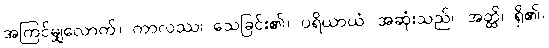
အကြင်မျှလောက်။ ကာလဿ၊ သေခြင်း၏။ ပရိယာယံ၊ အဆုံးသည်။ အတ္ထိ၊ ရှိ၏။